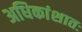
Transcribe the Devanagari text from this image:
अधिकांशातः